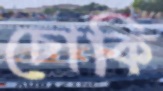
চোকি